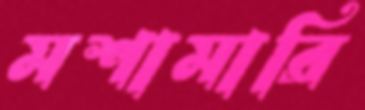
মশামারি